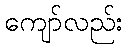
ကျော်လည်း